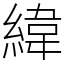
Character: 緯